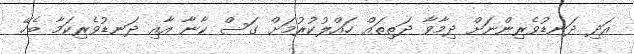
އަދި ދަނޑުވެރިންނަށް ދިމާވާ ދަތިތައް ހައްލުކުރުމަށް ގަސް ކާނާ އާއި ދަނޑުވެރިކަމާ ބެހޭ